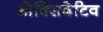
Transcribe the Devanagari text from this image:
ओक्सिदेटिव